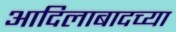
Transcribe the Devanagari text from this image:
आदिलाबादच्या